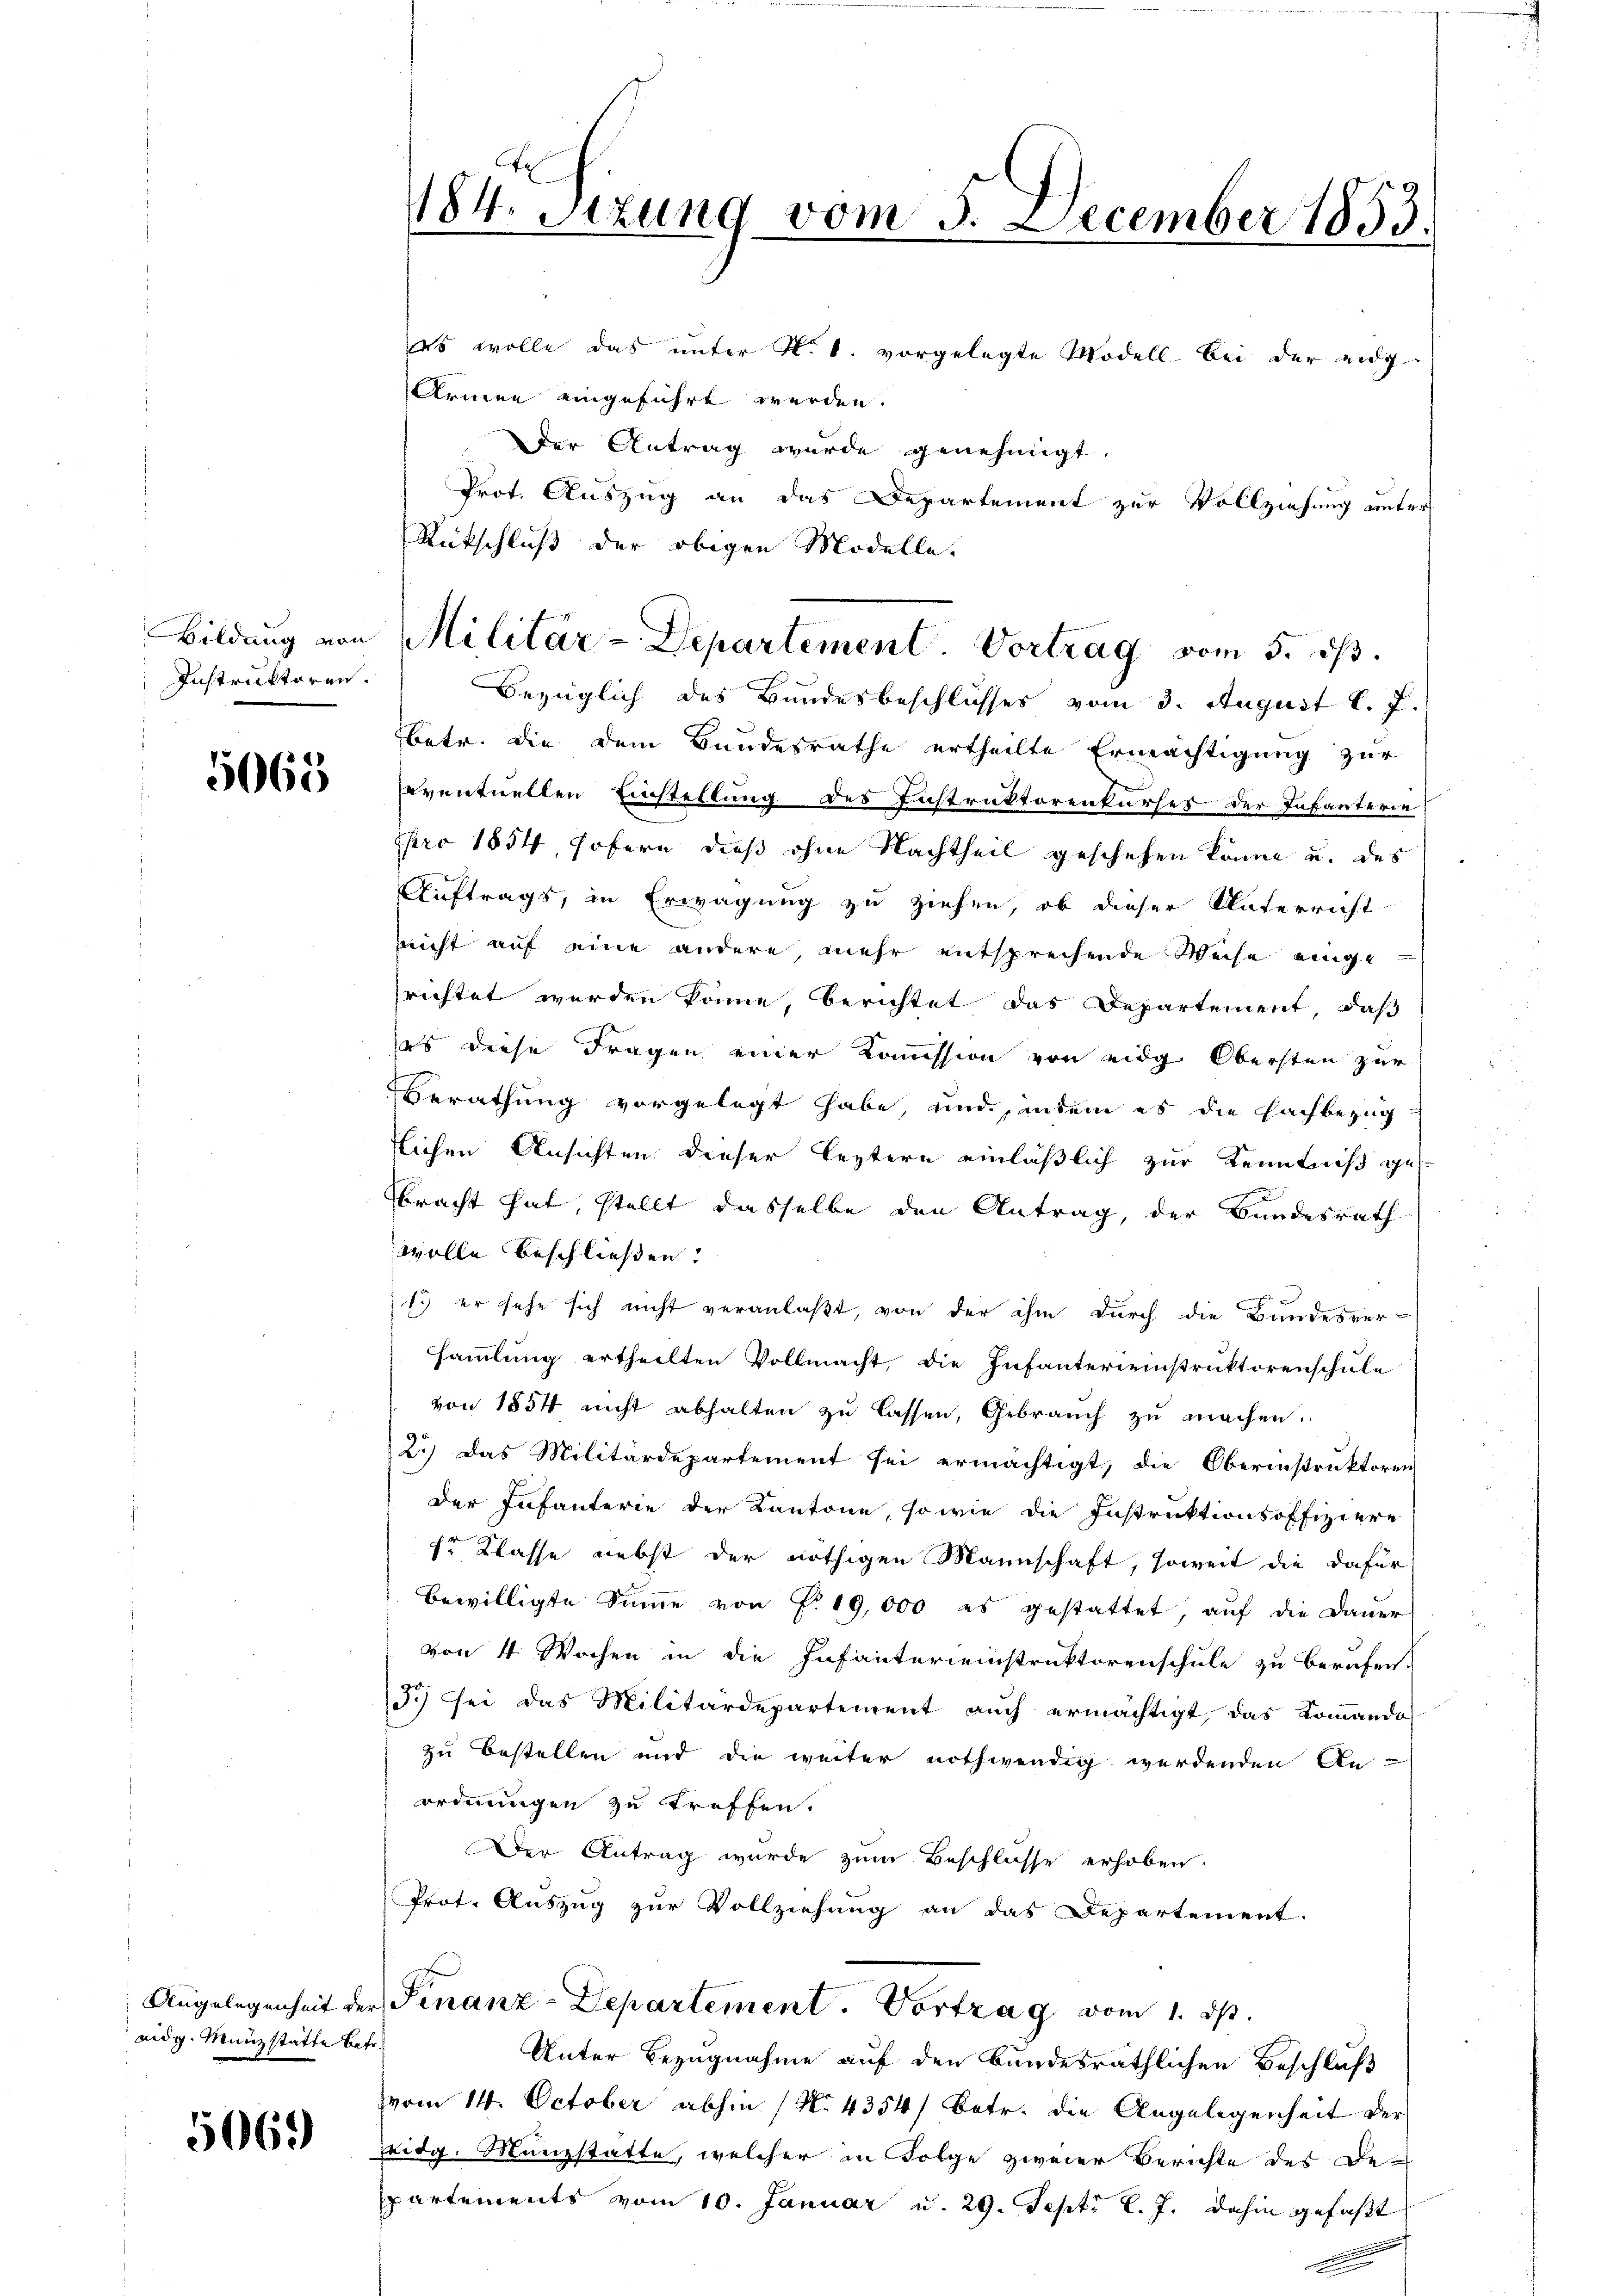
Instruktoren.

5065

Angelegenheit der
eidg. Münzstatte betr.

5069)

s
1184. Sitzung vom 3. December 1853.

es wolle das unter N. 1. vorgelegte Modell bei der eidg
Armee eingeführt werden.
der Antrag wurde genehmigt.
Prot. Auszug an das Departement zur Vollziehung unter
Rückschluß der obigen Modelle.
Bezüglich des Bundesbeschlusses vom 3. August l. J.
betr. die dem Bundesrathe ertheilte Ermächtigung zur
eventuellen Einstellung des Instruktorenkurses der Infanterie
pro 1854, sofern dieß ohne Nachtheil geschehen könne u. des
Auftrags, in Erwägung zu ziehen, ob dieser Unterricht
richt auf eine andere mehr entsprechende Weise eingerichtet werden könne, berichtet das Departement, daß
ses diese Fragen einer Kommission von eidg. Obersten zur
Berathung vorgelegt habe, und, indem es die Fachbezug
tlichen Ansichten dieser leztern einläßlich zur Kenntniß ge¬

bracht hat, stellt dasselbe den Antrag, der Bundesrath
wolle beschließen.
1. er sehe sich nicht veranlaßt, von der ihm durch die Bundesver-
sammlung ertheilten Vollmacht, die Infantereinstruktorenschule
von 1854 nicht abhalten zu lassen, Gebrauch zu machen.
2.) Das Militärdepartement sei ermächtigt, die Oberinstruktoren
Der Infanterie der Kantone, so wie die Instruktionsoffiziere
7r Klasse nebst der nöthigen Mannschaft, soweit die dafür
bewilligte Sinne von Fr. 19,000 es gestattet, auf die Dauer
von 4 Wochen in die Infantereinstruktorenschule zu berufen.
5.) sei das Militärdepartement auch ermächtigt, das Kommando
zu bestellen und die weiter nothwendig werdenden An-
ordnungen zu treffen.
Der Antrag wurde zum Beschlüsse erhoben.
Prot. Auszug zur Vollziehung an das Departement.
Finanz-Departement. Vortrag vom 1. ds.
Unter Bezugnahme auf den Bundesräthlichen Beschluß
vom 14. October abhin (No 4354) betr. die Angelegenheit der
eidg. Münzstatte, welcher in Folge zweier Berichte des Bepartements vom 10. Januar u. 29. Sept. l. J. dahin gefaßt

Bildung von Militär-Departement. Vortrag vom 5. ds.

e